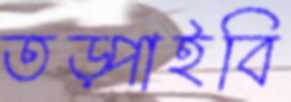
তড়্‌পাইবি